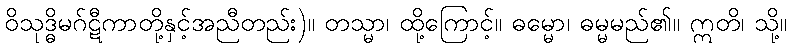
ဝိသုဒ္ဓိမဂ်ဋီကာတို့နှင့်အညီတည်း)။ တသ္မာ၊ ထို့ကြောင့်။ ဓမ္မော၊ ဓမ္မမည်၏။ ဣတိ၊ သို့။